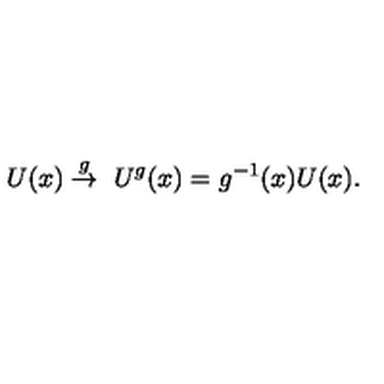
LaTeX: U ( x ) \stackrel { g } { \rightarrow } \ U ^ { g } ( x ) = g ^ { - 1 } ( x ) U ( x ) .